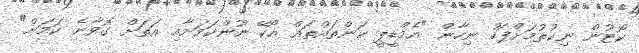
ކޯޓުން ނިކުތުމަށްފަހު ނިހާން "އެމްޑީޕީ ކަންތައްތައް އޯކޭ ނޫންކަމަށާއި އަތަށް ގޮވާނެ ކަމަށް"